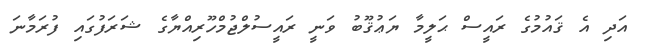
އަދި އެ ޤައުމުގެ ރައީސް ޙަލީމާ ޔަޢުޤޫބު ވަނީ ރައީސުލްޖުމްހޫރިއްޔާގެ ޝަރަފުގައި ފުރަމާނަ